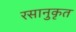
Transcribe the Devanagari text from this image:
रसानुकृत